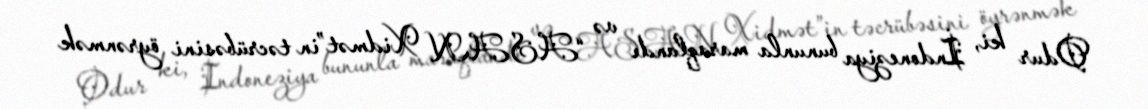
Odur ki, İndoneziya bununla maraqlandı və “ASAN Xidmət”in təcrübəsini öyrənmək